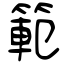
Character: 範